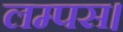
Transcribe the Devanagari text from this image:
लम्पस।